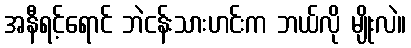
အနီရင့်ရောင် ဘဲငန်းသားဟင်းက ဘယ်လို မျိုးလဲ။